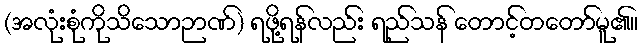
(အလုံးစုံကိုသိသောဉာဏ်) ရဖို့ရန်လည်း ရည်သန် တောင့်တတော်မူ၏။